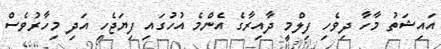
އައިޝަތު މާހާ ދިވެހި ފިލްމީ ދާއިރާގެ އެންމެ އުހުގައި ފިޔަޖެހި އަދި މިހާރުވެސް